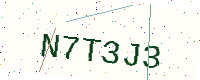
Text: N7T3J3